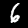
Label: 6